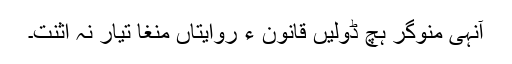
آنہی منوگر ہچ ڈولیں قانون ءُ روایتاں منغا تیار نہ اثنت۔